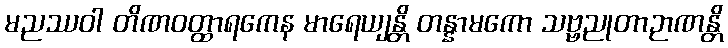
မညဿဝါ တိဏဝတ္ထာရကေန မာရေယျန္တိ တန္နာမကော သဗ္ဗညုတာဉာဏန္တိ